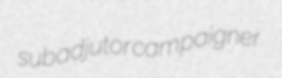
subadjutor campaigner